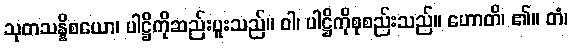
သုတသန္နိစယော၊ ပါဋ္ဌိကိုဆည်းပူးသည်။ ဝါ၊ ပါဋ္ဌိကိုစုစည်းသည်။ ဟောတိ၊ ၏။ တံ၊